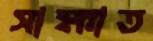
সাক্ষাত